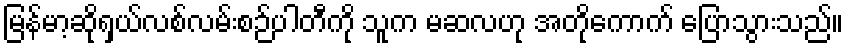
မြန်မာ့ဆိုရှယ်လစ်လမ်းစဉ်ပါတီကို သူက မဆလဟု အတိုကောက် ပြောသွားသည်။